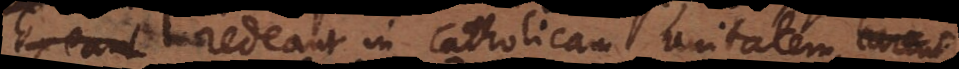
exeant redeant in Catholicam unitatem, car